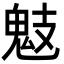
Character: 鬾